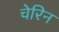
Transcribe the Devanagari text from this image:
चेरिन